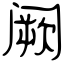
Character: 阙